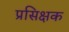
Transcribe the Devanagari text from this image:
प्रसिक्षक